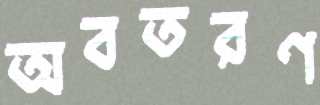
অবতরণ